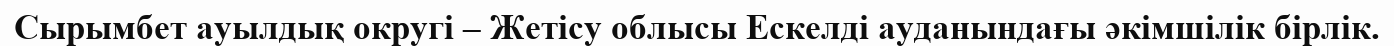
Сырымбет ауылдық округі – Жетісу облысы Ескелді ауданындағы әкімшілік бірлік.